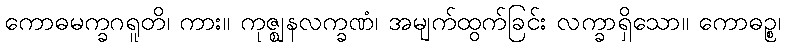
ကောဓမက္ခဂရူတိ၊ ကား။ ကုဇ္ဈနလက္ခဏံ၊ အမျက်ထွက်ခြင်း လက္ခာရှိသော။ ကောဓဉ္စ၊